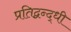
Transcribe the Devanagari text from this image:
प्रतिद्वन्द्धी